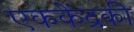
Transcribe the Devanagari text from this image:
एककेंद्रकी